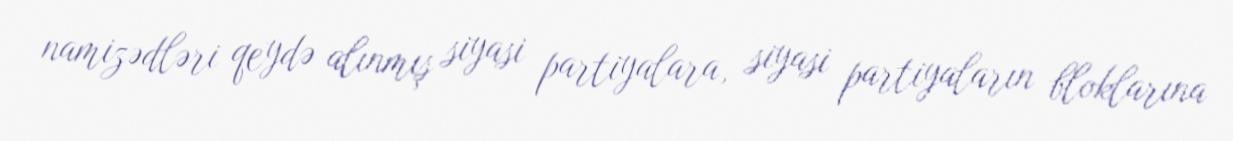
namizədləri qeydə alınmış siyasi partiyalara, siyasi partiyaların bloklarına